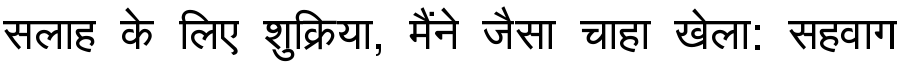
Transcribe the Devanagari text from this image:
सलाह के लिए शुक्रिया, मैंने जैसा चाहा खेला: सहवाग